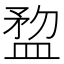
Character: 𥂂